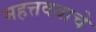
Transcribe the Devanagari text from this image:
महत्तववाचे